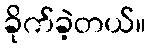
ခိုက်ခဲ့တယ်။